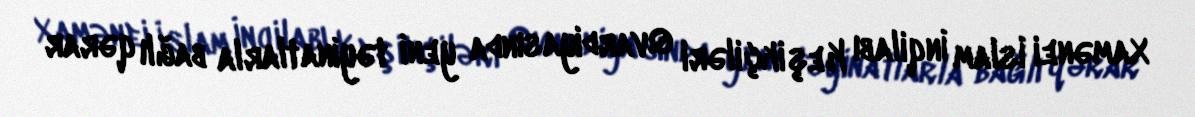
Xamənei İslam İnqilabı Keşikçiləri Qvardiyasında yeni təyinatlarla bağlı qərar